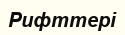
Рифттері